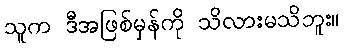
သူက ဒီအဖြစ်မှန်ကို သိလားမသိဘူး။